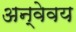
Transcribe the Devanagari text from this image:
अन्वेवय